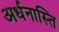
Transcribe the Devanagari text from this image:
अर्धनास्ति